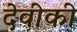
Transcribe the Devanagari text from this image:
देवीकी